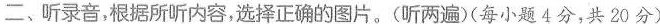
二、听录音，根据所听内容，选择正确的图片。(听两遍)(每小题4分，共20分)